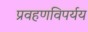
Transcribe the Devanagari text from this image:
प्रवहणविपर्यय